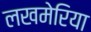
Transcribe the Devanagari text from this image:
लखमेरिया